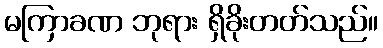
မကြာခဏ ဘုရား ရှိခိုးတတ်သည်။